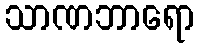
သာဏဘာရော